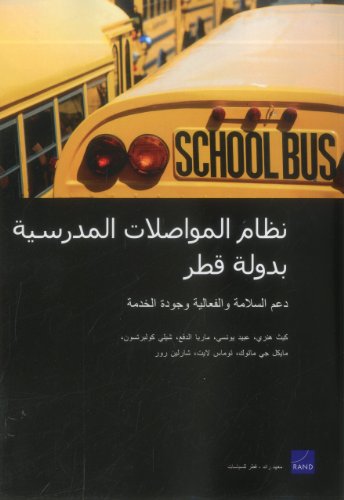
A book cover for Qatar's School Transportation System: Supporting Safety, Efficiency, and Service Quality (Arabic-language version) (Arabic and English Edition); Keith Henry; History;